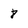
Character: 8